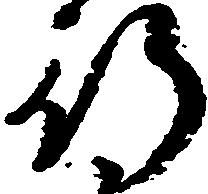
行